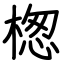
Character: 楤